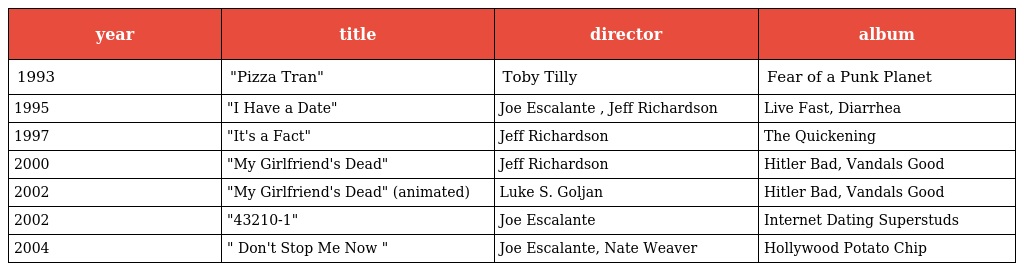
| year | title | director | album |
 | --- | --- | --- | --- |
 | 1993 | "Pizza Tran" | Toby Tilly | Fear of a Punk Planet |
 | 1995 | "I Have a Date" | Joe Escalante , Jeff Richardson | Live Fast, Diarrhea |
 | 1997 | "It's a Fact" | Jeff Richardson | The Quickening |
 | 2000 | "My Girlfriend's Dead" | Jeff Richardson | Hitler Bad, Vandals Good |
 | 2002 | "My Girlfriend's Dead" (animated) | Luke S. Goljan | Hitler Bad, Vandals Good |
 | 2002 | "43210-1" | Joe Escalante | Internet Dating Superstuds |
 | 2004 | " Don't Stop Me Now " | Joe Escalante, Nate Weaver | Hollywood Potato Chip |